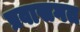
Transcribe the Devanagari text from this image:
प्रवासगत